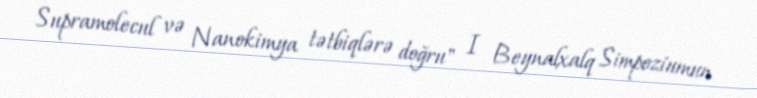
Supramolecul və Nanokimya tətbiqlərə doğru" I Beynalxalq Simpoziumun